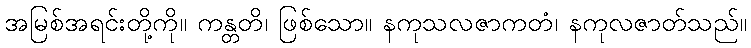
အမြစ်အရင်းတို့ကို။ ကန္တတိ၊ ဖြစ်သော။ နကုသလဇာကတံ၊ နကုလဇာတ်သည်။